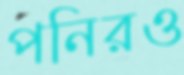
পনিরও